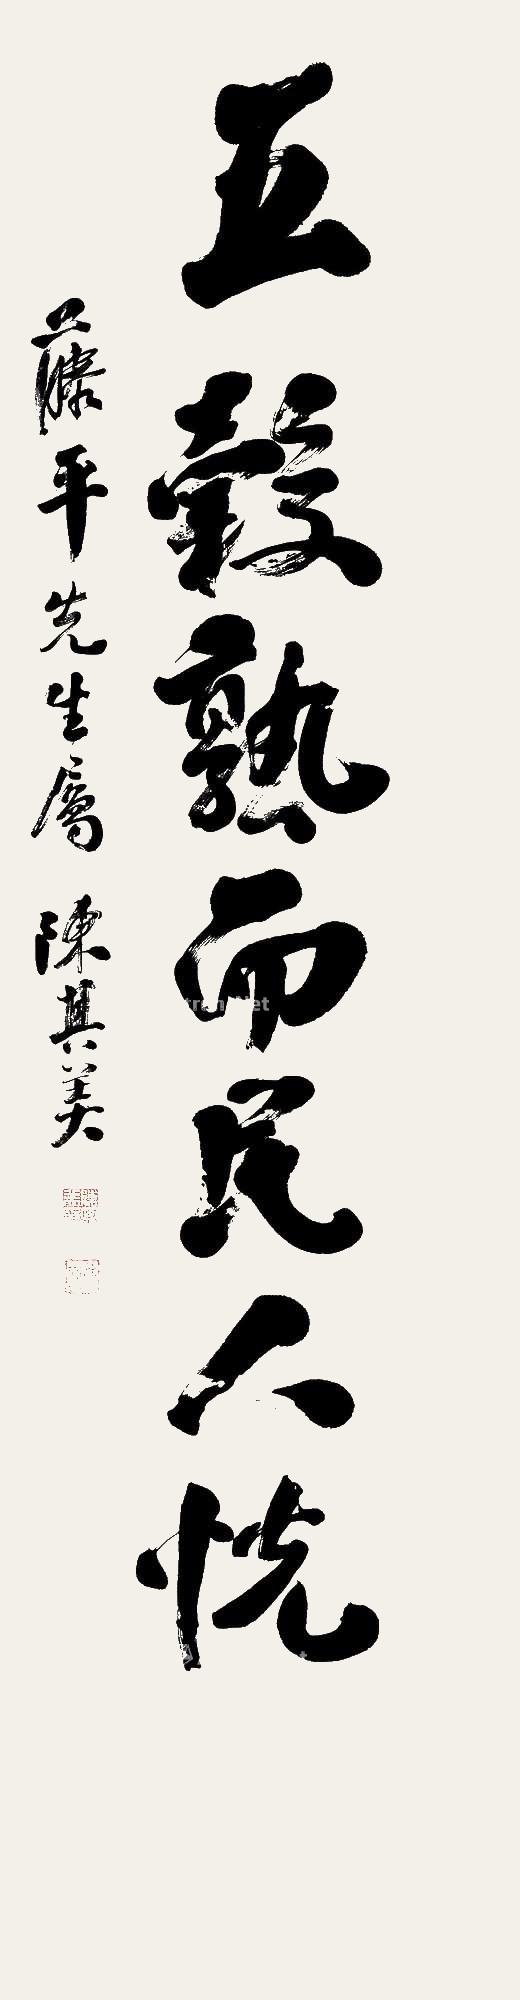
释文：五谷熟而民人悦。藤平先生属。陈其美。